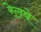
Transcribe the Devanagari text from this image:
रेलबे